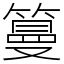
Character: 𥲑